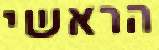
הראשי